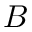
B